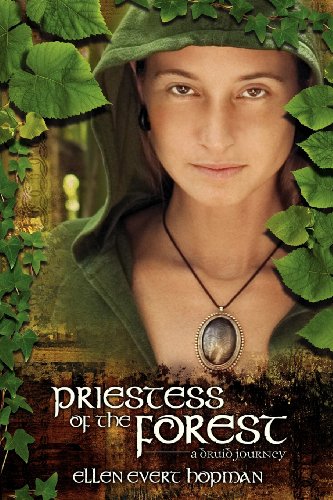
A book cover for Priestess of the Forest: A Druid Journey; Ellen Evert Hopman; Religion & Spirituality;